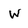
Character: W